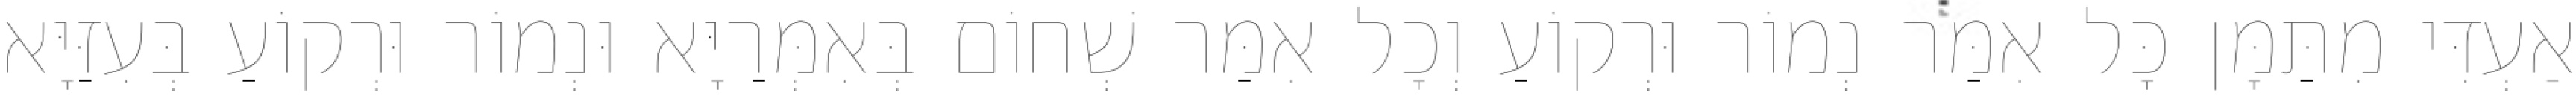
אַעְדִּי מִתַּמָּן כָּל אִמַּר נְמוֹר וּרְקוֹעַ וְכָל אִמַּר שְׁחוֹם בְּאִמְּרַיָּא וּנְמוֹר וּרְקוֹעַ בְּעִזַּיָּא